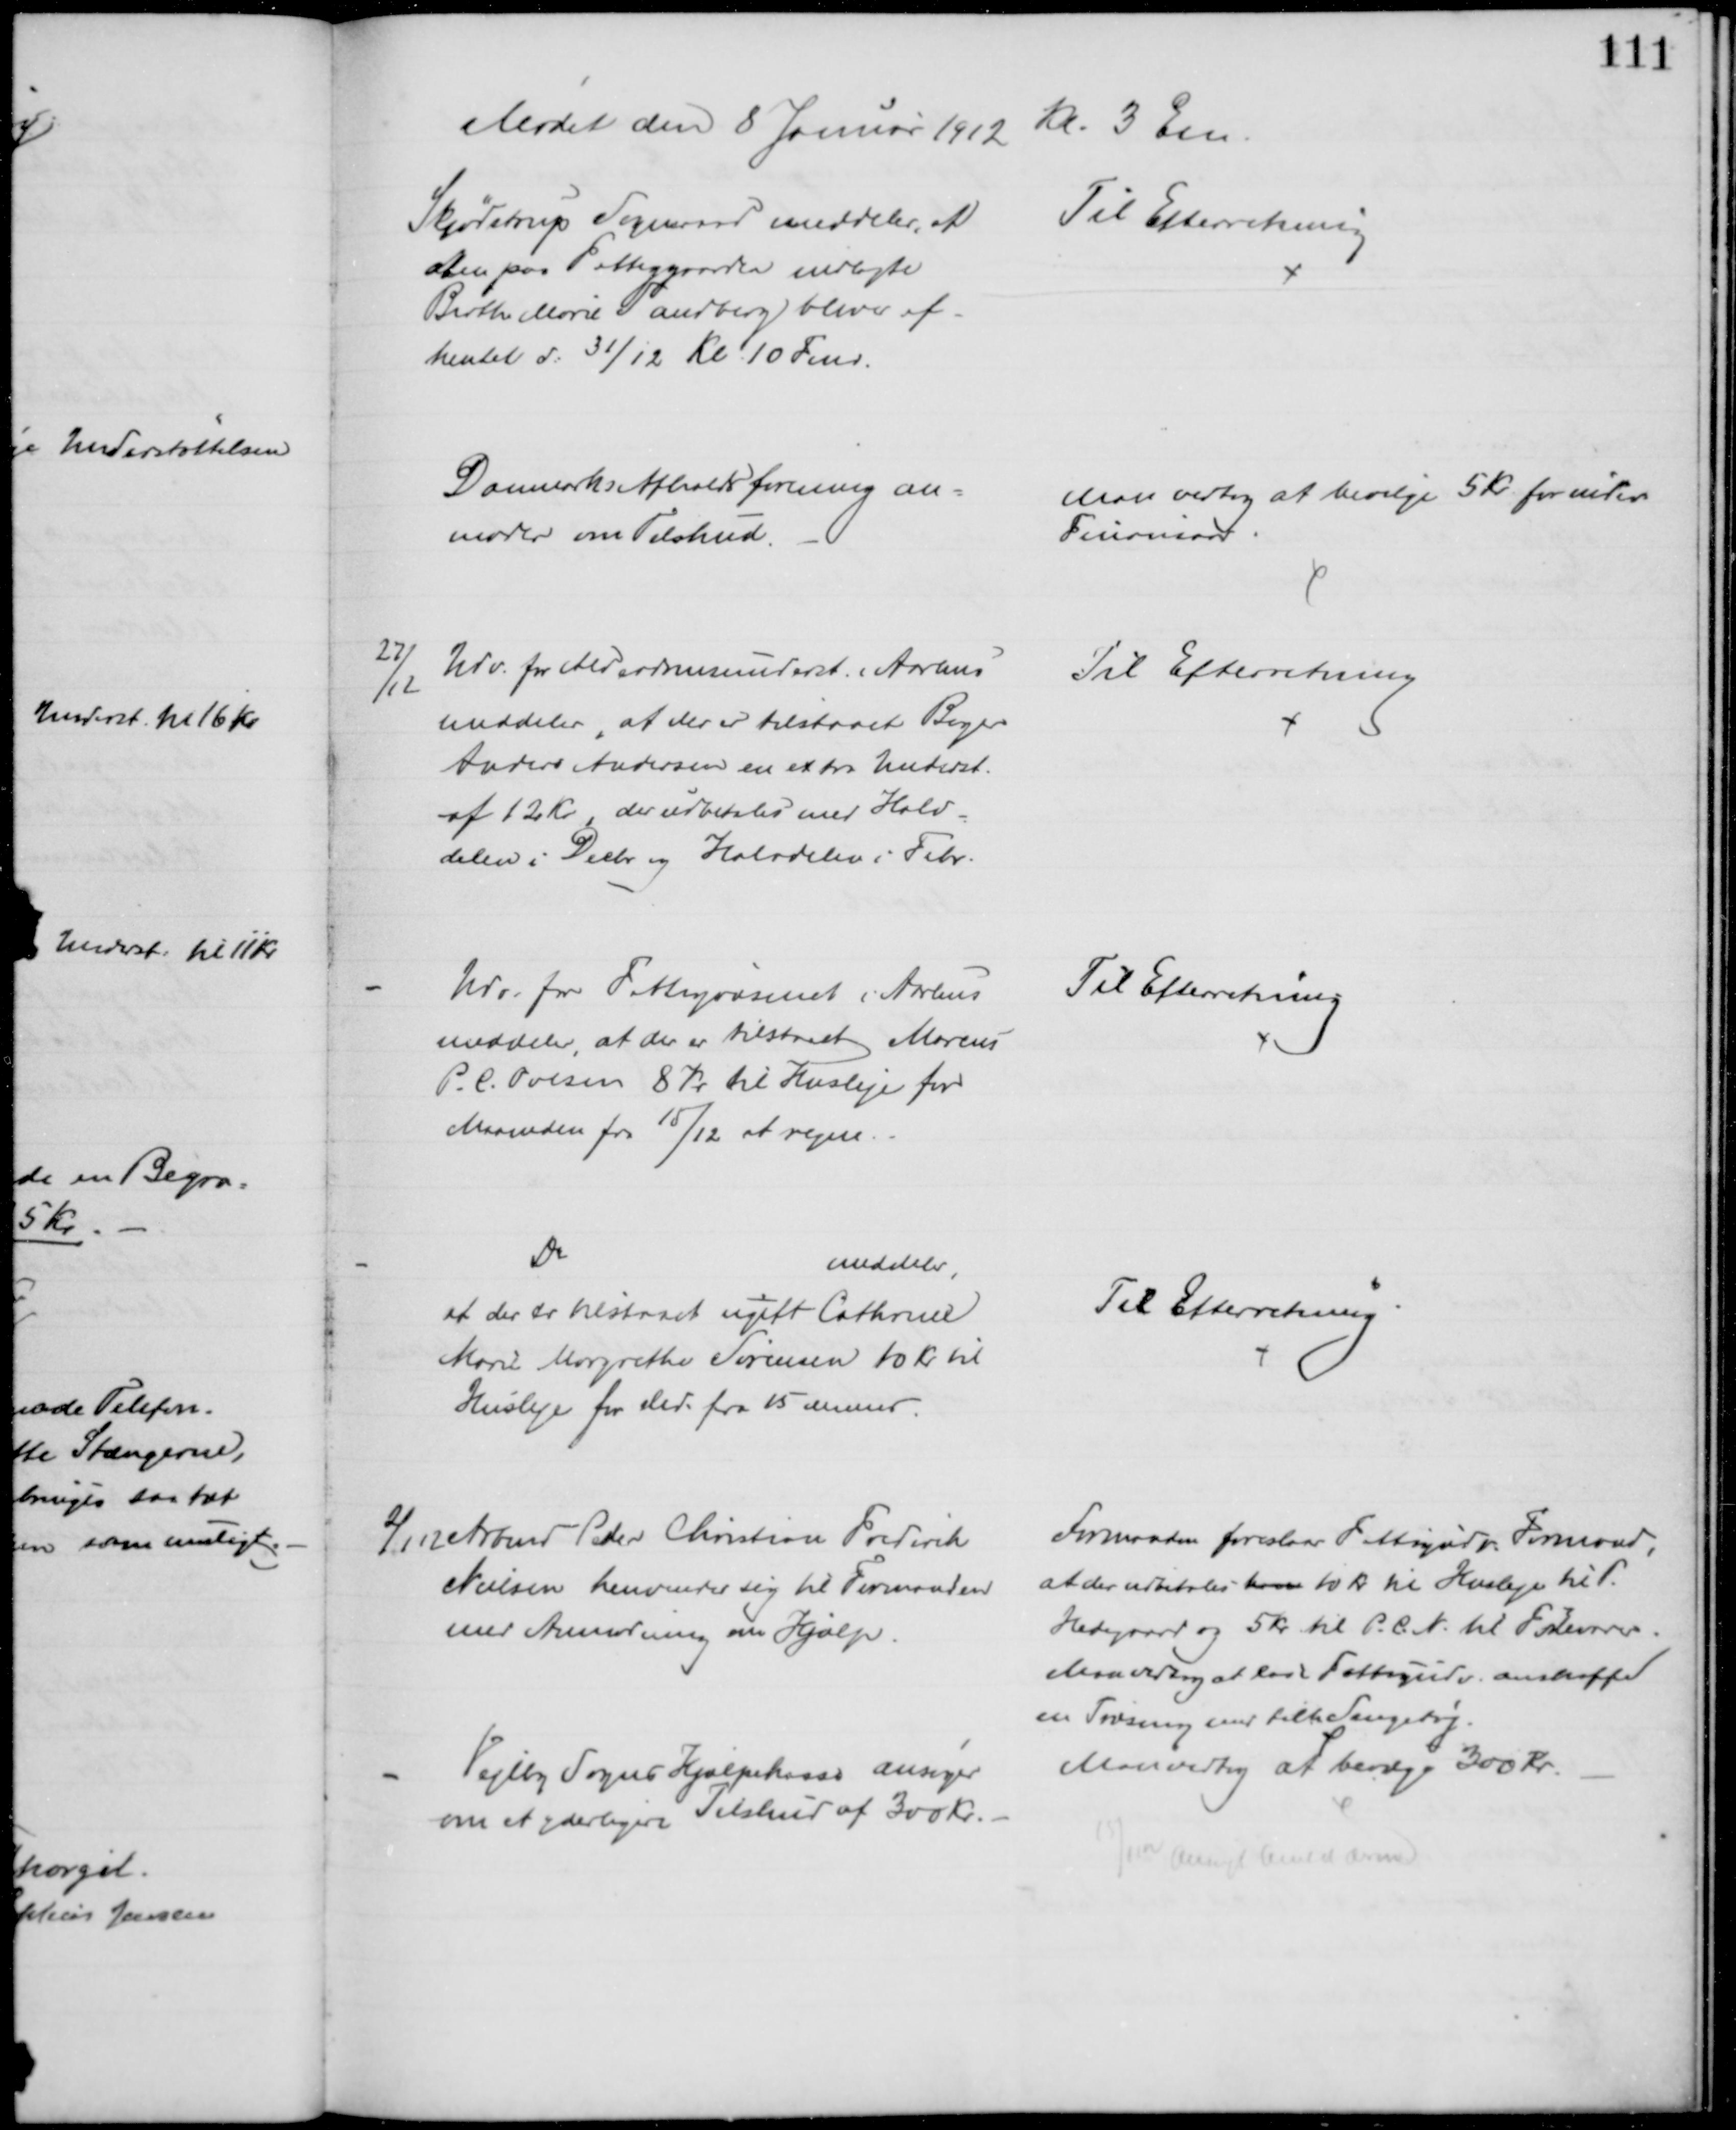
Transskription:
Mødet den 8 Januar 1912
Kl. 3 Em
Skjødstrup Sogneraad meddeler, at 
den paa Fattiggaarden indlagte
Birthe Marie Sandberg bliver af-
hentet d: 31/12 Kl. 10 Fmd.
Til Efterretning
Danmarks Afholdsforening an=
moder om Tilskud.
Man vedtog at bevilge 5 Kr. for indev.
Finansaar.
27/12
Udv. for Alderdomsunderst. i Aarhus
meddeler, at der er tilstaaet Bager
Anders Andersen en extra Underst.
af 12 Kr, der udbetales med Halv-
delen i Decbr og Halvdelen i Febr. 
Til Efterretning
Udv. for Fattigvæsenet i Aarhus
meddeler, at der er tilstaaet Marcus
P. C. Ovesen 8 Kr til Husleje for
Maaneden fra 15/12 at regne.
Til Efterretning
Do
meddeler,
at der er tilstaaet ugift Cathrine
Marie Margrethe Sørensen 10 Kr. til
Husleje for Md. fra 15 dennes.
Til Efterretning.
2/1 12 Arbmd Peder Christian Frederik
Nielsen henvender sig til Formanden
med Anmodning om Hjælp.
Formanden foreslaar Fattigudv. Formand,
at der udbetales ham 10 Kr til Husleje til P.
Hedegaard og 5 Kr til P. C. N. til Fødevarer.
Man vedtog at lade Fattigudv. anskaffe
en Træseng med tilh Sengetøj.
Vejlby Sogns Hjælpekasse ansøger
om at yderligere Tilskud af 300 Kr.
Man vedtog at bevilge 300 Kr.
15/1 12 Ansøgt Amtet derom